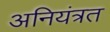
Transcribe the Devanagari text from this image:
अनियंत्रत